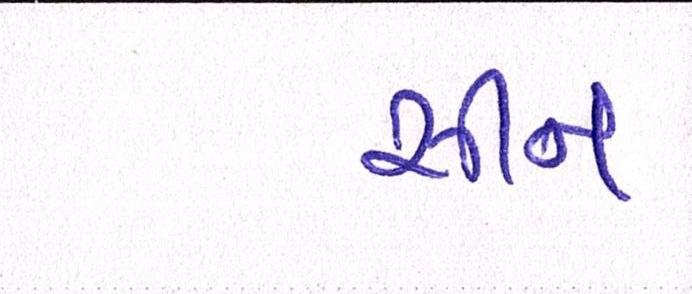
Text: સીન